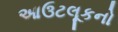
આઉટલૂકનો